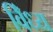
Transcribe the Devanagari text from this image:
विँध्य